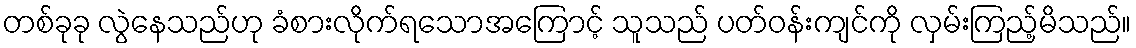
တစ်ခုခု လွဲနေသည်ဟု ခံစားလိုက်ရသောအကြောင့် သူသည် ပတ်ဝန်းကျင်ကို လှမ်းကြည့်မိသည်။